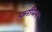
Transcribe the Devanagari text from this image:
फ़रीमन